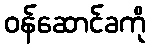
ဝန်ဆောင်ခကို